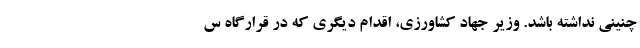
چنینی نداشته باشد. وزیر جهاد کشاورزی، اقدام دیگری که در قرارگاه س